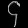
Digit: ၄